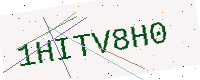
Text: 1HITV8H0